Madras plague regulations and rules for the inspection of inward and outward bound vessels - Volume 1
Disease focus: Plague
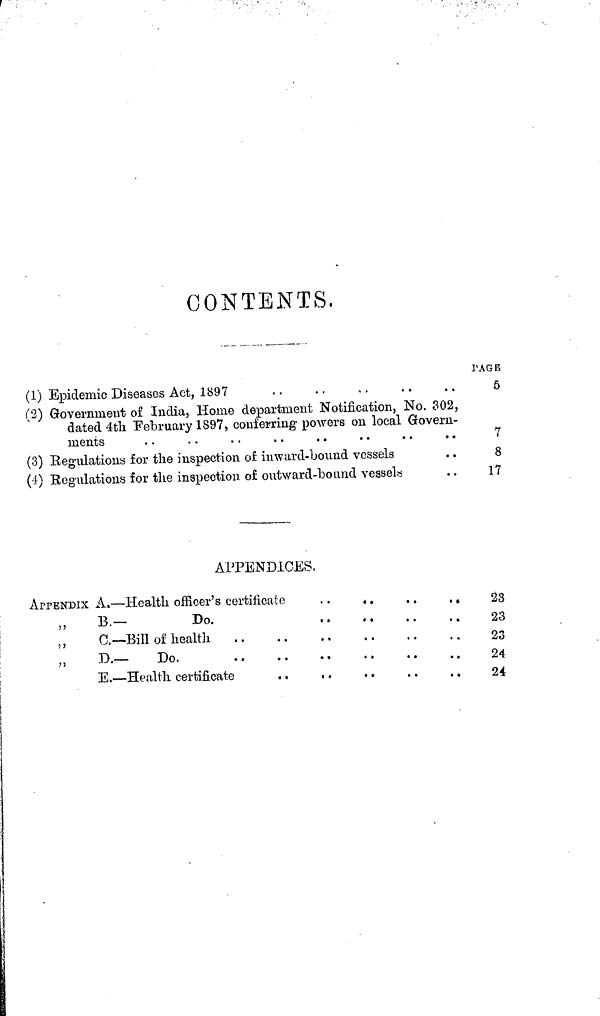
CONTENTS.
(1) Epidemic Diseases Act, 1897
(2) Government of India, Home department Notification, No. 302,
dated 4tli February 1897, conferring powers on local Govern-
ments
(3) Régulations for the inspection of inward-bound vessels
(4) Bogulations for the inspection of oiitward-bound vessel«
PAGE
5
7
8
17
APPENDICES,
APPENDIX A. — Health officer's certificate
B.—
Do.
C.— Bill of health
D.—
Do.
E. — Health certificate
23
23
23
24
24